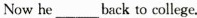
Now he ___ back to college.